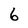
Character: 6